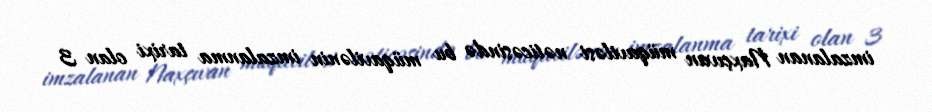
imzalanan Naxçıvan müqaviləsi nəticəsində bu müqavilənin imzalanma tarixi olan 3